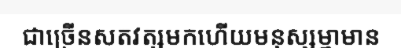
ជាច្រើនសតវត្សមកហើយមនុស្សម្នាមាន